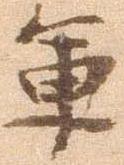
軍